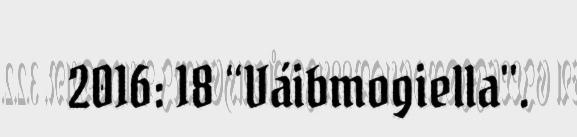
2016: 18 “Váibmogiella".